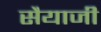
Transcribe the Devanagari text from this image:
सैयाजी